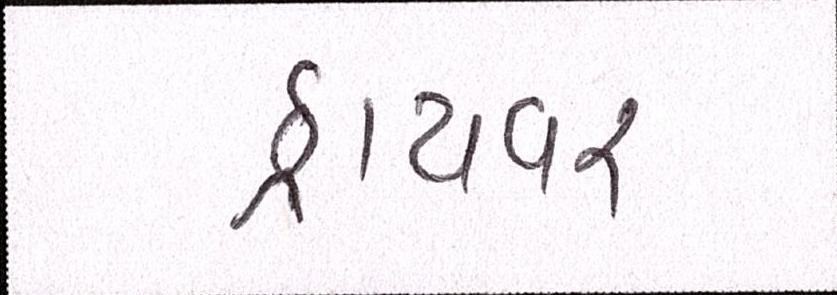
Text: ડ્રાયવર